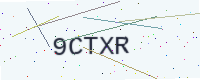
Text: 9CTXR